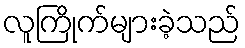
လူကြိုက်များခဲ့သည်